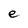
Character: e